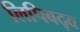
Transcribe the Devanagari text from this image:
लिपिबद्व